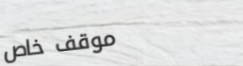
موقف خاص